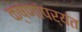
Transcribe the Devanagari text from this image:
क्षणांपर्यंत